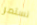
نستمر